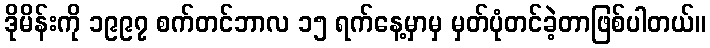
ဒိုမိန်းကို ၁၉၉၇ စက်တင်ဘာလ ၁၅ ရက်နေ့မှာမှ မှတ်ပုံတင်ခဲ့တာဖြစ်ပါတယ်။